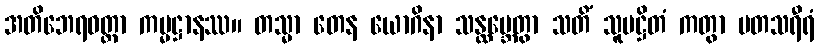
အတိဘေရဝတ္တာ ကမ္မဋ္ဌာနဿ။ တသ္မာ တေန ယောဂိနာ သန္ထမ္ဘေတွာ သတိံ သူပဋ္ဌိတံ ကတွာ မတသရီရံ